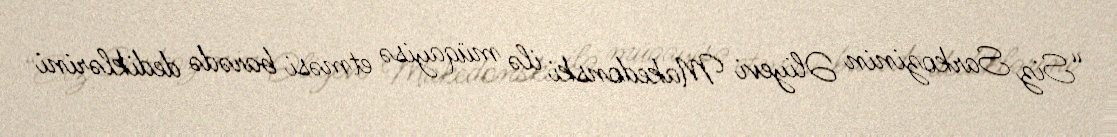
“Siz Sarkozinin Əliyevi Makedonski ilə müqayisə etməsi barədə dediklərini